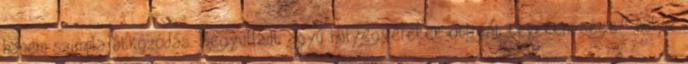
hanem szimpla átkozódás. Begyulladt agyú hülyegyerekek obligát tevékenysége.” hülye